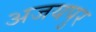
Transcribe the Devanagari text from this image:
अजयपुर